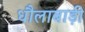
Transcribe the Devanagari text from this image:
धौलाबाड़ी